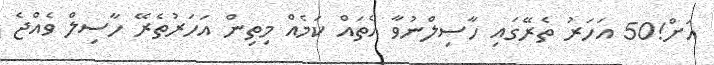
އަށް!50 އަހަރު ތެރޭގައި ހާސިލްނުވާ އެތައް ކަމެއް މިތިން އަހަރުތެރޭ ހާސިލް ވެއްޖެ